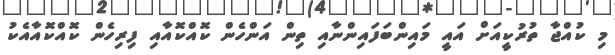
މި ކުއްޖާ ތުރުކީއަށް އައީ މައިންބަފައިންނާއި ތިން އަންހެން ކޮއްކޮއާއި ފިރިހެން ކޮއްކޮއާއެކު